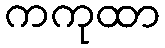
ကကုထာ